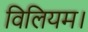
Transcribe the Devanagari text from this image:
विलियम।